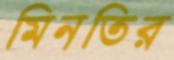
মিনতির